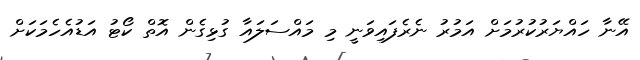
އޭނާ ހައްޔަރުކުރުމަށް އަމުރު ނެރެފައިވަނީ މި މައްސަލައާ ގުޅިގެން އޮތް ކޯޓު އަޑުއެހެމަކަށް